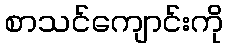
စာသင်ကျောင်းကို